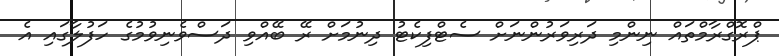
ޕްރޮގްރާމްތައް ނިންމި ދަރިވަރުންނަށް ސެޓްފިކެޓު ދިނުމަށް ރޭ ބޭއްވި ދަސްވެނިވުމުގެ ހަފުލާގައި އެ